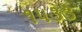
૧૫૩૩